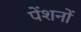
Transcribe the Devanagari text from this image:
पेंशनों